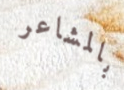
بالمشاعر